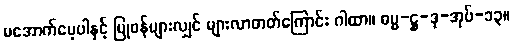
မအောက်မေ့ပါနှင့် ပြုဖန်များလျှင် များလာတတ်ကြောင်း ဂါထာ။ ဓမ္မ-ဋ္ဌ-ဒု-အုပ်-၁၃။